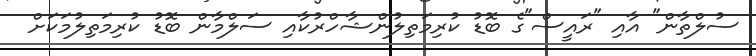
ސުލްތާން" އާއި "ރައީސް"ގެ ބޮޑު ކުރިމަތިލުންޝާހްރުކާއި ސަލްމާން ބޮޑު ކުރިމަތިލުމަކަށް